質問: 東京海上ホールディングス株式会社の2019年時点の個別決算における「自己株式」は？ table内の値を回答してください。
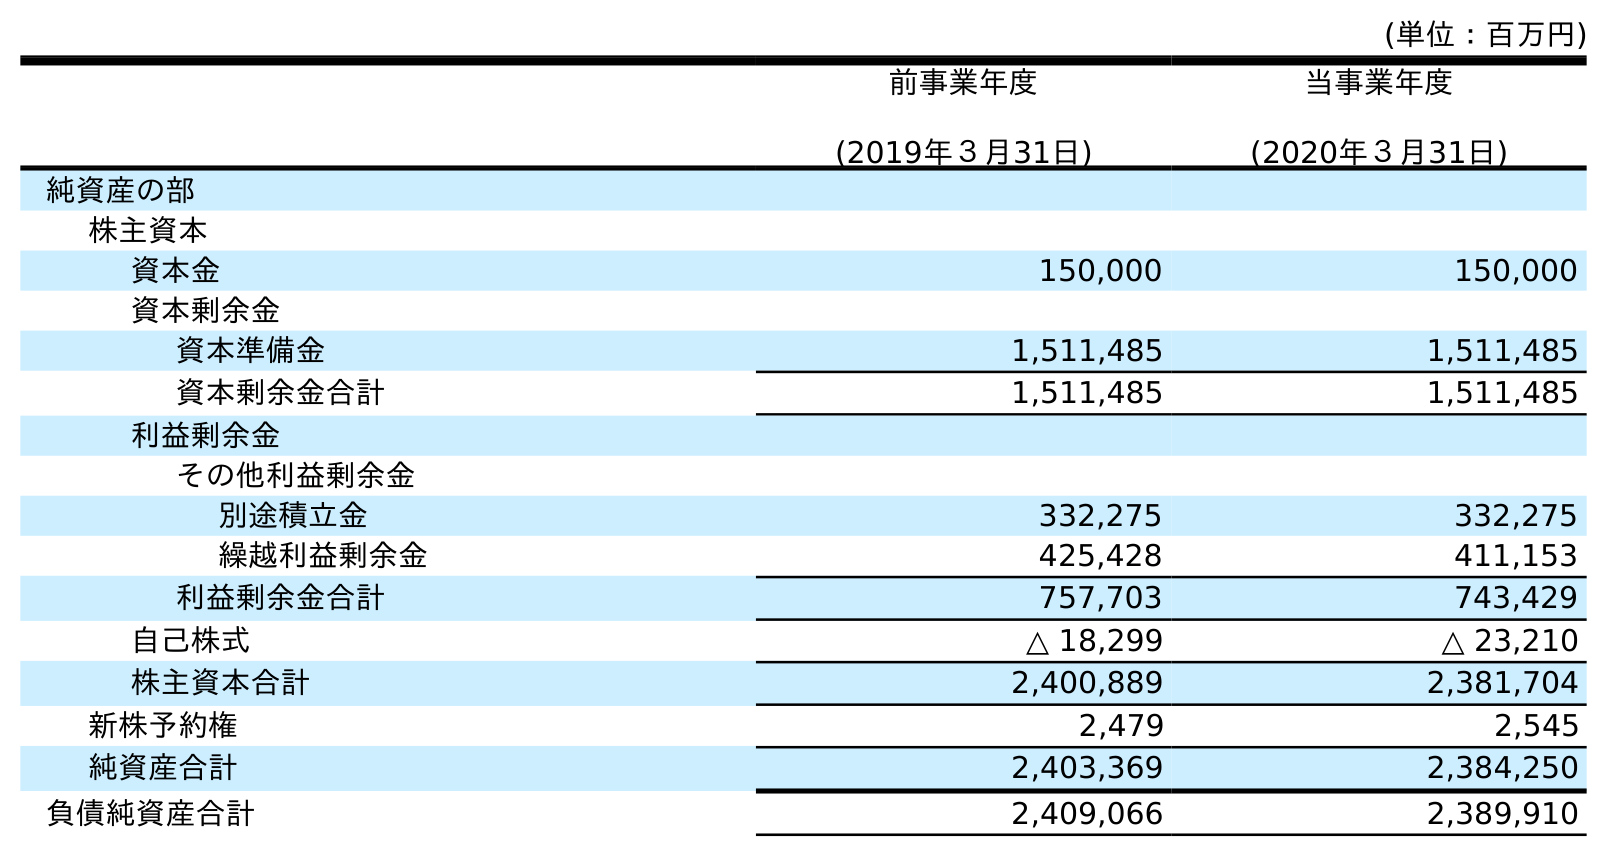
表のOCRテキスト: (単位：百万円) 前事業年度 (2019年３月31日) 当事業年度 (2020年３月31日) 純資産の部 株主資本 資本金 150,000 150,000 資本剰余金 資本準備金 1,511,485 1,511,485 資本剰余金合計 1,511,485 1,511,485 利益剰余金 その他利益剰余金 別途積立金 332,275 332,275 繰越利益剰余金 425,428 411,153 利益剰余金合計 757,703 743,429 自己株式 △ 18,299 △ 23,210 株主資本合計 2,400,889 2,381,704 新株予約権 2,479 2,545 純資産合計 2,403,369 2,384,250 負債純資産合計 2,409,066 2,389,910
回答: △18,299